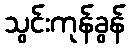
သွင်းကုန်ခွန်